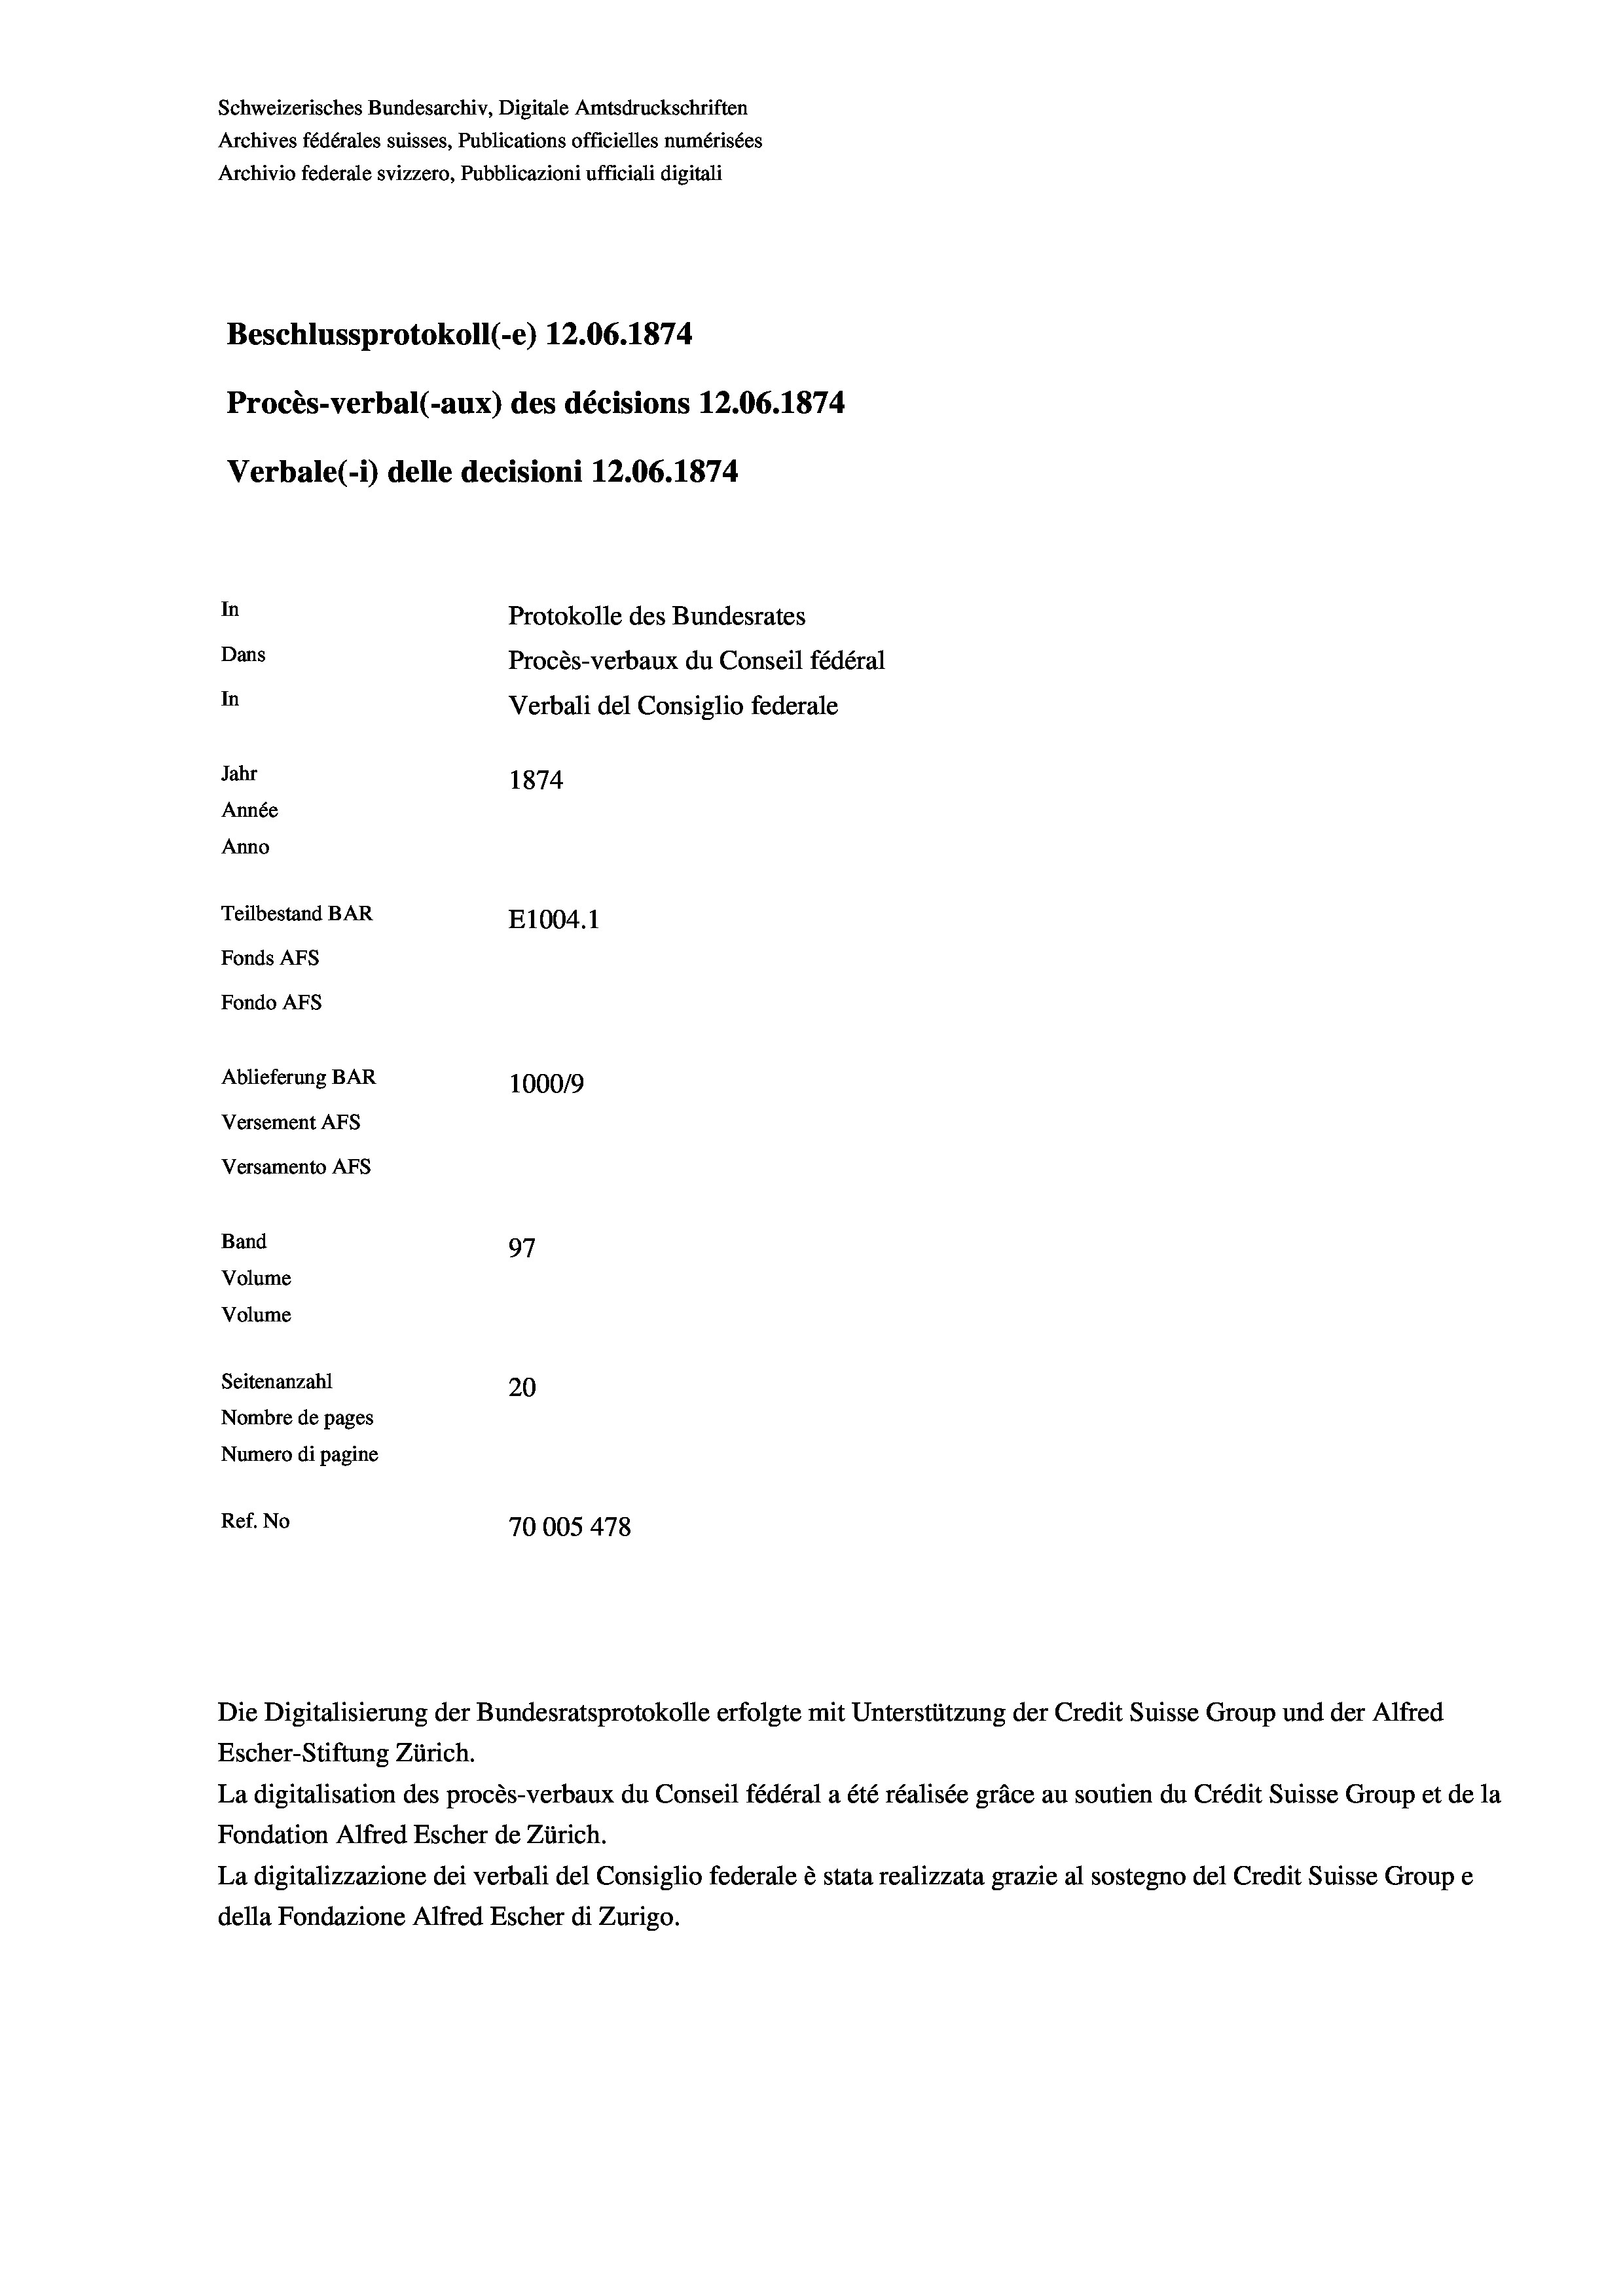
Schweizerisches Bundesarchiv, Digitale Amtsdruckschriften
Archives fédérales suisses, Publications officielles numérisées
Archivio federale svizzero, Pubblicazioni ufficiali digitali
Beschlussprotokoll (-e) 12.06. 1874
Procès-verbal (-aux) des décisions 12.06. 1874
Verbale (i) delle decisioni 12.06. 1874
In
Protokolle des Bundesrates
Dans
Procès-verbaux du Conseil fédéral
In
Verbali del Consiglio federale
Jahr
1874
Année
Anno
Teilbestand BAR
E1004.1
Fonds Afs
Fondo AFs
Ablieferung BAR
100019
Versement Abs
Versamento AFs
Band
97
Volume

Volume
Seitenanzahl
20
Nombre de pages
Numero di pagine
Ref. No
70005 478

Die Digitalisierung der Bundesratsprotokolle erfolgte mit Unterstützung der Credit Suisse Group und der Alfred
Escher-Stiftung Zürich.
La digitalisation des procès-verbaux du Conseil fédéral a été réalisée gräce au soutien du Crédit Suisse Group et de la
Fondation Alfred Escher de Zürich.
La digitalizzazione dei verbali del Consiglio federale è stata realizzata grazie al sostegno del Credit Suisse Groupe
della Fondazione Alfred Escher di Zurigo.